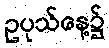
ဥပုသ်နေ့၌